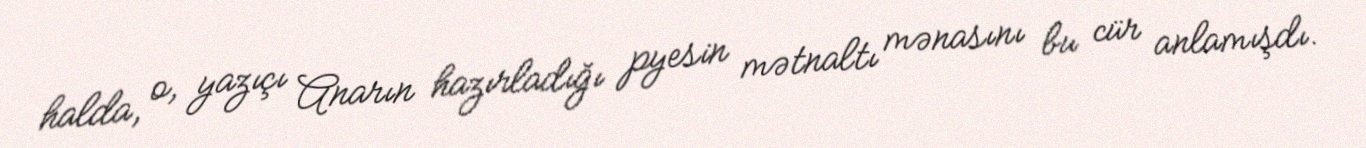
halda, o, yazıçı Anarın hazırladığı pyesin mətnaltı mənasını bu cür anlamışdı.